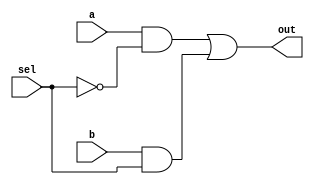
module hack_mux(a,b,sel,out);
  input     a,b,sel;
  output    out;

  wire  left, right, nsel;

  or    or0  (out, left, right);
  and   and0 (left, a, nsel);
  and   and1 (right, b, sel);
  not   inv0 (nsel, sel);

  // Behavior description
  // assign out = sel == 0 ? a : b; 
endmodule